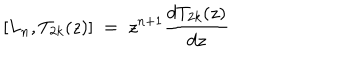
\left[ L _ { n } , T _ { 2 k } ( z ) \right] \; = \; z ^ { n + 1 } \frac { d T _ { 2 k } ( z ) } { d z }